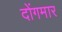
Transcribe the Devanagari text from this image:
दोंगमार